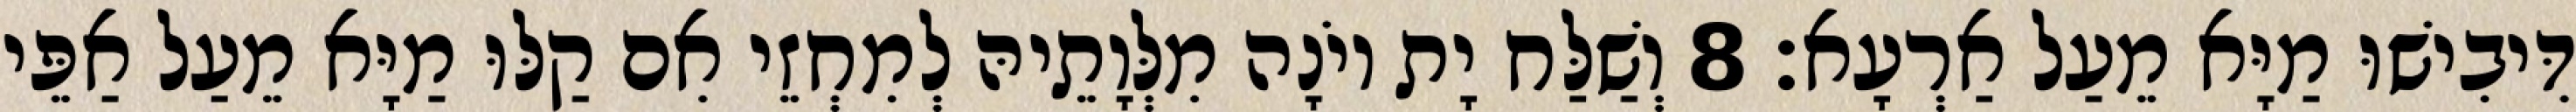
דִּיבִישׁוּ מַיָּא מֵעַל אַרְעָא׃ 8 וְשַׁלַּח יָת יוֹנָה מִלְּוָתֵיהּ לְמִחְזֵי אִם קַלּוּ מַיָּא מֵעַל אַפֵּי